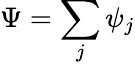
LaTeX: \Psi=\sum_{j}\psi_{j}